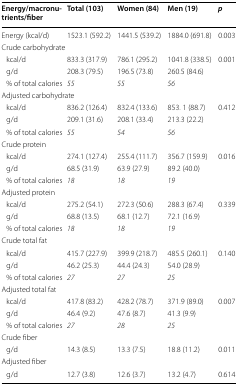
<table><thead><tr><td><b>Energy/macronutrients/fiber</b></td><td><b>Total (103)</b></td><td><b>Women (84)</b></td><td><b>Men (19)</b></td><td><b><i>p</i></b></td></tr></thead><tbody><tr><td>Energy (kcal/d)</td><td>1523.1 (592.2)</td><td>1441.5 (539.2)</td><td>1884.0 (691.8)</td><td>0.003</td></tr><tr><td colspan="5">Crude carbohydrate</td></tr><tr><td> kcal/d</td><td>833.3 (317.9)</td><td>786.1 (295.2)</td><td>1041.8 (338.5)</td><td rowspan="2">0.001</td></tr><tr><td> g/d</td><td>208.3 (79.5)</td><td>196.5 (73.8)</td><td>260.5 (84.6)</td></tr><tr><td> % of total calories</td><td><i>55</i></td><td><i>55</i></td><td><i>56</i></td><td></td></tr><tr><td colspan="5">Adjusted carbohydrate</td></tr><tr><td> kcal/d</td><td>836.2 (126.4)</td><td>832.4 (133.6)</td><td>853. 1 (88.7)</td><td rowspan="2">0.412</td></tr><tr><td> g/d</td><td>209.1 (31.6)</td><td>208.1 (33.4)</td><td>213.3 (22.2)</td></tr><tr><td> % of total calories</td><td><i>55</i></td><td><i>54</i></td><td><i>56</i></td><td></td></tr><tr><td colspan="5">Crude protein</td></tr><tr><td> kcal/d</td><td>274.1 (127.4)</td><td>255.4 (111.7)</td><td>356.7 (159.9)</td><td rowspan="2">0.016</td></tr><tr><td> g/d</td><td>68.5 (31.9)</td><td>63.9 (27.9)</td><td>89.2 (40.0)</td></tr><tr><td> % of total calories</td><td><i>18</i></td><td><i>18</i></td><td><i>19</i></td><td></td></tr><tr><td colspan="5">Adjusted protein</td></tr><tr><td> kcal/d</td><td>275.2 (54.1)</td><td>272.3 (50.6)</td><td>288.3 (67.4)</td><td rowspan="2">0.339</td></tr><tr><td> g/d</td><td>68.8 (13.5)</td><td>68.1 (12.7)</td><td>72.1 (16.9)</td></tr><tr><td> % of total calories</td><td><i>18</i></td><td><i>18</i></td><td><i>19</i></td><td></td></tr><tr><td colspan="5">Crude total fat</td></tr><tr><td> kcal/d</td><td>415.7 (227.9)</td><td>399.9 (218.7)</td><td>485.5 (260.1)</td><td rowspan="2">0.140</td></tr><tr><td> g/d</td><td>46.2 (25.3)</td><td>44.4 (24.3)</td><td>54.0 (28.9)</td></tr><tr><td> % of total calories</td><td><i>27</i></td><td><i>27</i></td><td><i>25</i></td><td></td></tr><tr><td colspan="5">Adjusted total fat</td></tr><tr><td> kcal/d</td><td>417.8 (83.2)</td><td>428.2 (78.7)</td><td>371.9 (89.0)</td><td rowspan="2">0.007</td></tr><tr><td> g/d</td><td>46.4 (9.2)</td><td>47.6 (8.7)</td><td>41.3 (9.9)</td></tr><tr><td> % of total calories</td><td><i>27</i></td><td><i>28</i></td><td><i>25</i></td><td></td></tr><tr><td colspan="5">Crude fiber</td></tr><tr><td> g/d</td><td>14.3 (8.5)</td><td>13.3 (7.5)</td><td>18.8 (11.2)</td><td>0.011</td></tr><tr><td colspan="5">Adjusted fiber</td></tr><tr><td> g/d</td><td>12.7 (3.8)</td><td>12.6 (3.7)</td><td>13.2 (4.7)</td><td>0.614</td></tr></tbody></table>